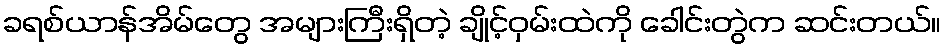
ခရစ်ယာန်အိမ်တွေ အများကြီးရှိတဲ့ ချိုင့်ဝှမ်းထဲကို ခေါင်းတွဲက ဆင်းတယ်။